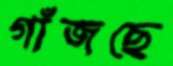
গাঁজছে